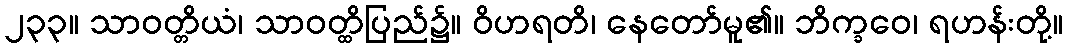
၂၃၃။ သာဝတ္တိယံ၊ သာဝတ္ထိပြည်၌။ ဝိဟရတိ၊ နေတော်မူ၏။ ဘိက္ခဝေ၊ ရဟန်းတို့။